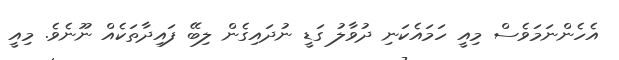
އެހެންނަމަވެސް މިއީ ހަމައެކަނި ދުވާލު ގަޑީ ނުދައިގެން ލިބޭ ފައިދާތަކެއް ނޫނެވެ. މިއީ